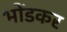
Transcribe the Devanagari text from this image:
भोंडकर